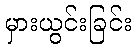
မှားယွင်းခြင်း